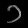
Digit: ၁